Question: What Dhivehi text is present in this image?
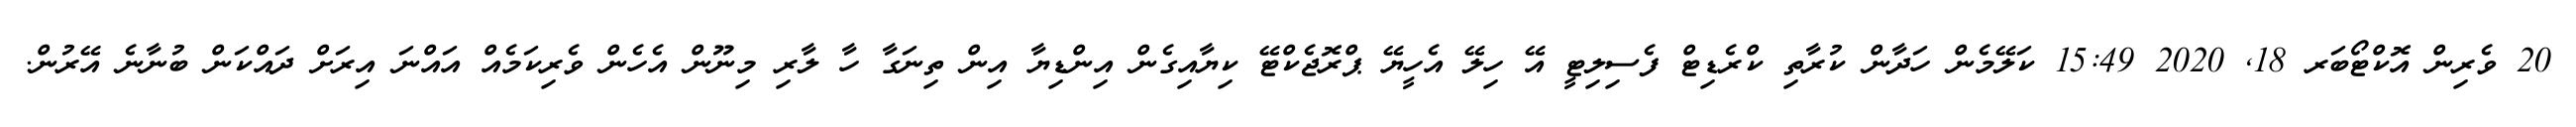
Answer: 20 ވެރިން އޮކްޓޯބަރ 18, 2020 15:49 ކަލޭމެން ހަދާން ކުރާތި ކްރެޑިޓް ފެސިލިޓީ އޭ ހިލޭ އެހީޔޭ ޕްރޮޖެކްޓޭ ކިޔާއިގެން އިންޑިޔާ އިން ތިނަގާ ހާ ލާރި މިނޫން އެހެން ވެރިކަމެއް އައްނަ އިރަށް ދައްކަން ބުނާނެ އޭރުން.